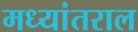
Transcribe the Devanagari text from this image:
मध्यांतराल